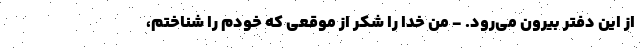
از این دفتر بیرون می‌رود. - من خدا را شکر از موقعی که خودم را شناختم،